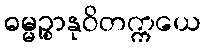
ဓမ္မဉ္စာနုဝိတက္ကယေ